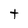
Character: t